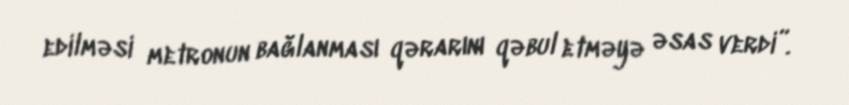
edilməsi metronun bağlanması qərarını qəbul etməyə əsas verdi”.